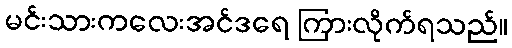
မင်းသားကလေးအင်ဒရေ ကြားလိုက်ရသည်။